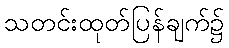
သတင်းထုတ်ပြန်ချက်၌